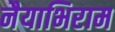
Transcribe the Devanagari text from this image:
नैयाभिराम